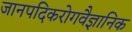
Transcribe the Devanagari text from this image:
जानपदिकरोगवैज्ञानिक